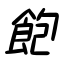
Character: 飽